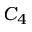
C _ { 4 }